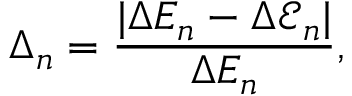
\Delta _ { n } = \frac { | \Delta E _ { n } - \Delta \mathcal { E } _ { n } | } { \Delta E _ { n } } ,